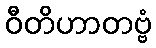
ဝီတိဟာတဗ္ဗံ